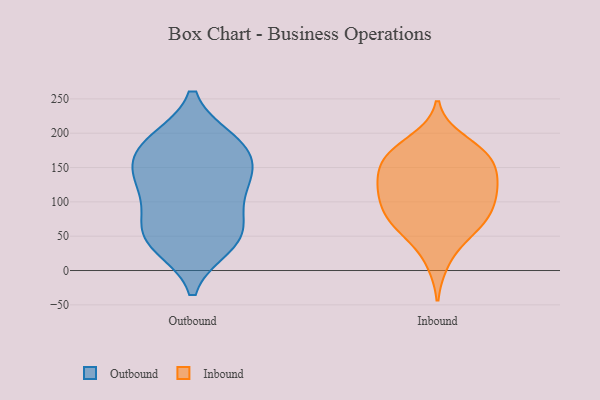
{"axis": {"x": "Demand Index", "y": "Value"}, "legend": ["Inbound", "Outbound"], "data": [{"x": "", "y": 51, "type": "Outbound"}, {"x": "", "y": 38, "type": "Outbound"}, {"x": "", "y": 142, "type": "Outbound"}, {"x": "", "y": 101, "type": "Outbound"}, {"x": "", "y": 184, "type": "Outbound"}, {"x": "", "y": 56, "type": "Outbound"}, {"x": "", "y": 69, "type": "Outbound"}, {"x": "", "y": 189, "type": "Outbound"}, {"x": "", "y": 117, "type": "Outbound"}, {"x": "", "y": 36, "type": "Outbound"}, {"x": "", "y": 146, "type": "Outbound"}, {"x": "", "y": 188, "type": "Outbound"}, {"x": "", "y": 170, "type": "Outbound"}, {"x": "", "y": 134, "type": "Outbound"}, {"x": "", "y": 121, "type": "Inbound"}, {"x": "", "y": 75, "type": "Inbound"}, {"x": "", "y": 122, "type": "Inbound"}, {"x": "", "y": 119, "type": "Inbound"}, {"x": "", "y": 74, "type": "Inbound"}, {"x": "", "y": 135, "type": "Inbound"}, {"x": "", "y": 14, "type": "Inbound"}, {"x": "", "y": 164, "type": "Inbound"}, {"x": "", "y": 174, "type": "Inbound"}, {"x": "", "y": 95, "type": "Inbound"}, {"x": "", "y": 112, "type": "Inbound"}, {"x": "", "y": 159, "type": "Inbound"}, {"x": "", "y": 85, "type": "Inbound"}, {"x": "", "y": 155, "type": "Inbound"}, {"x": "", "y": 189, "type": "Inbound"}, {"x": "", "y": 59, "type": "Inbound"}, {"x": "", "y": 170, "type": "Inbound"}, {"x": "", "y": 56, "type": "Inbound"}]}